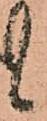
候